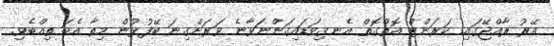
އޭރު ރާއްޖޭގައި ކަރަންޓް އޮތްގޮތް އެނގިވަޑައިގަންނަވާނެ ވަރަށްގިނަ ބޭފުޅުން މިތާ އެބަ ތިއްބެވި.